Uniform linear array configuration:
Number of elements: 4
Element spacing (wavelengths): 1
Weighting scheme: hamming
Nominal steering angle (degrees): -60
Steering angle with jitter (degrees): -59.977
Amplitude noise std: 0.05
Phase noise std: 0.05

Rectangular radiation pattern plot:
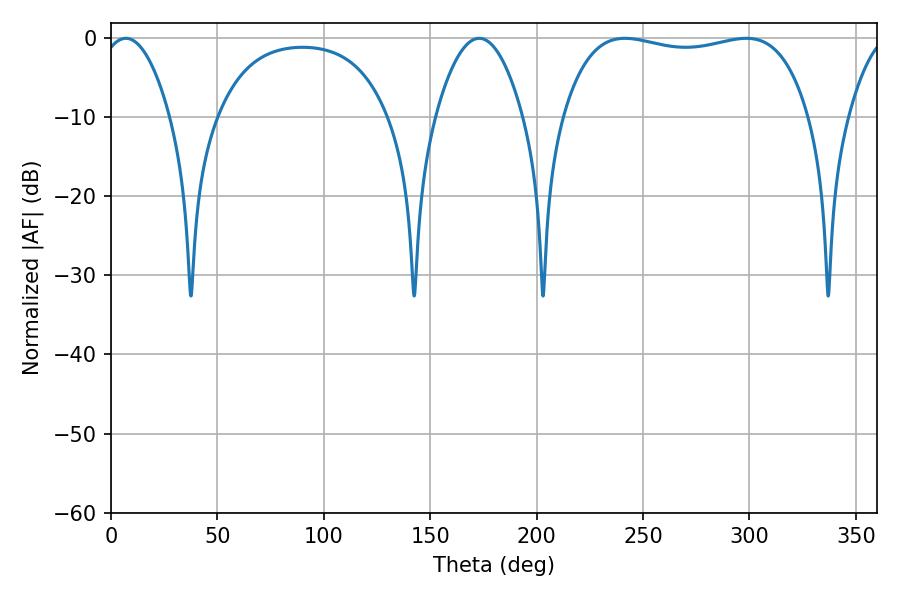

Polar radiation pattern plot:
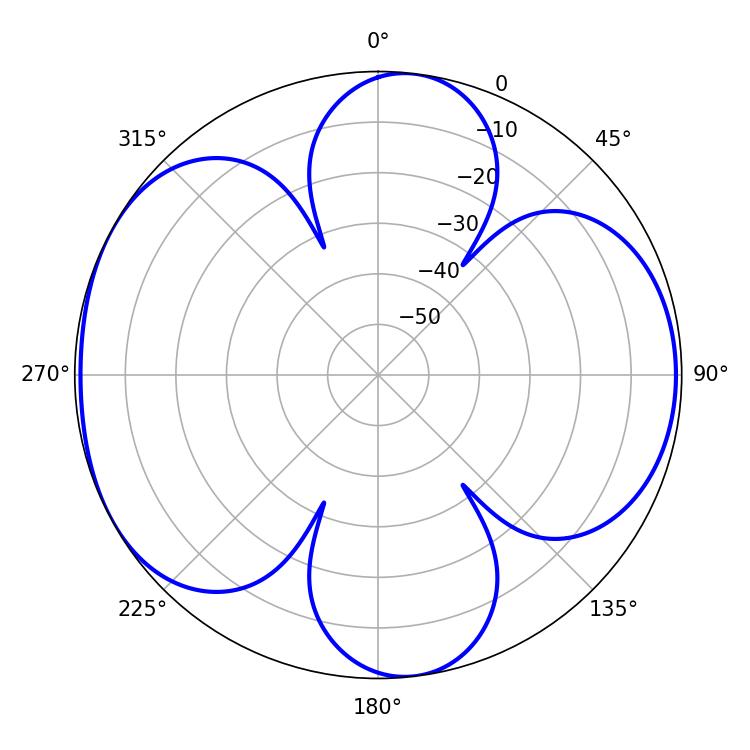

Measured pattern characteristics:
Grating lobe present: TRUE
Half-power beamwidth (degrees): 93.6
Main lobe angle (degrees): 241.38